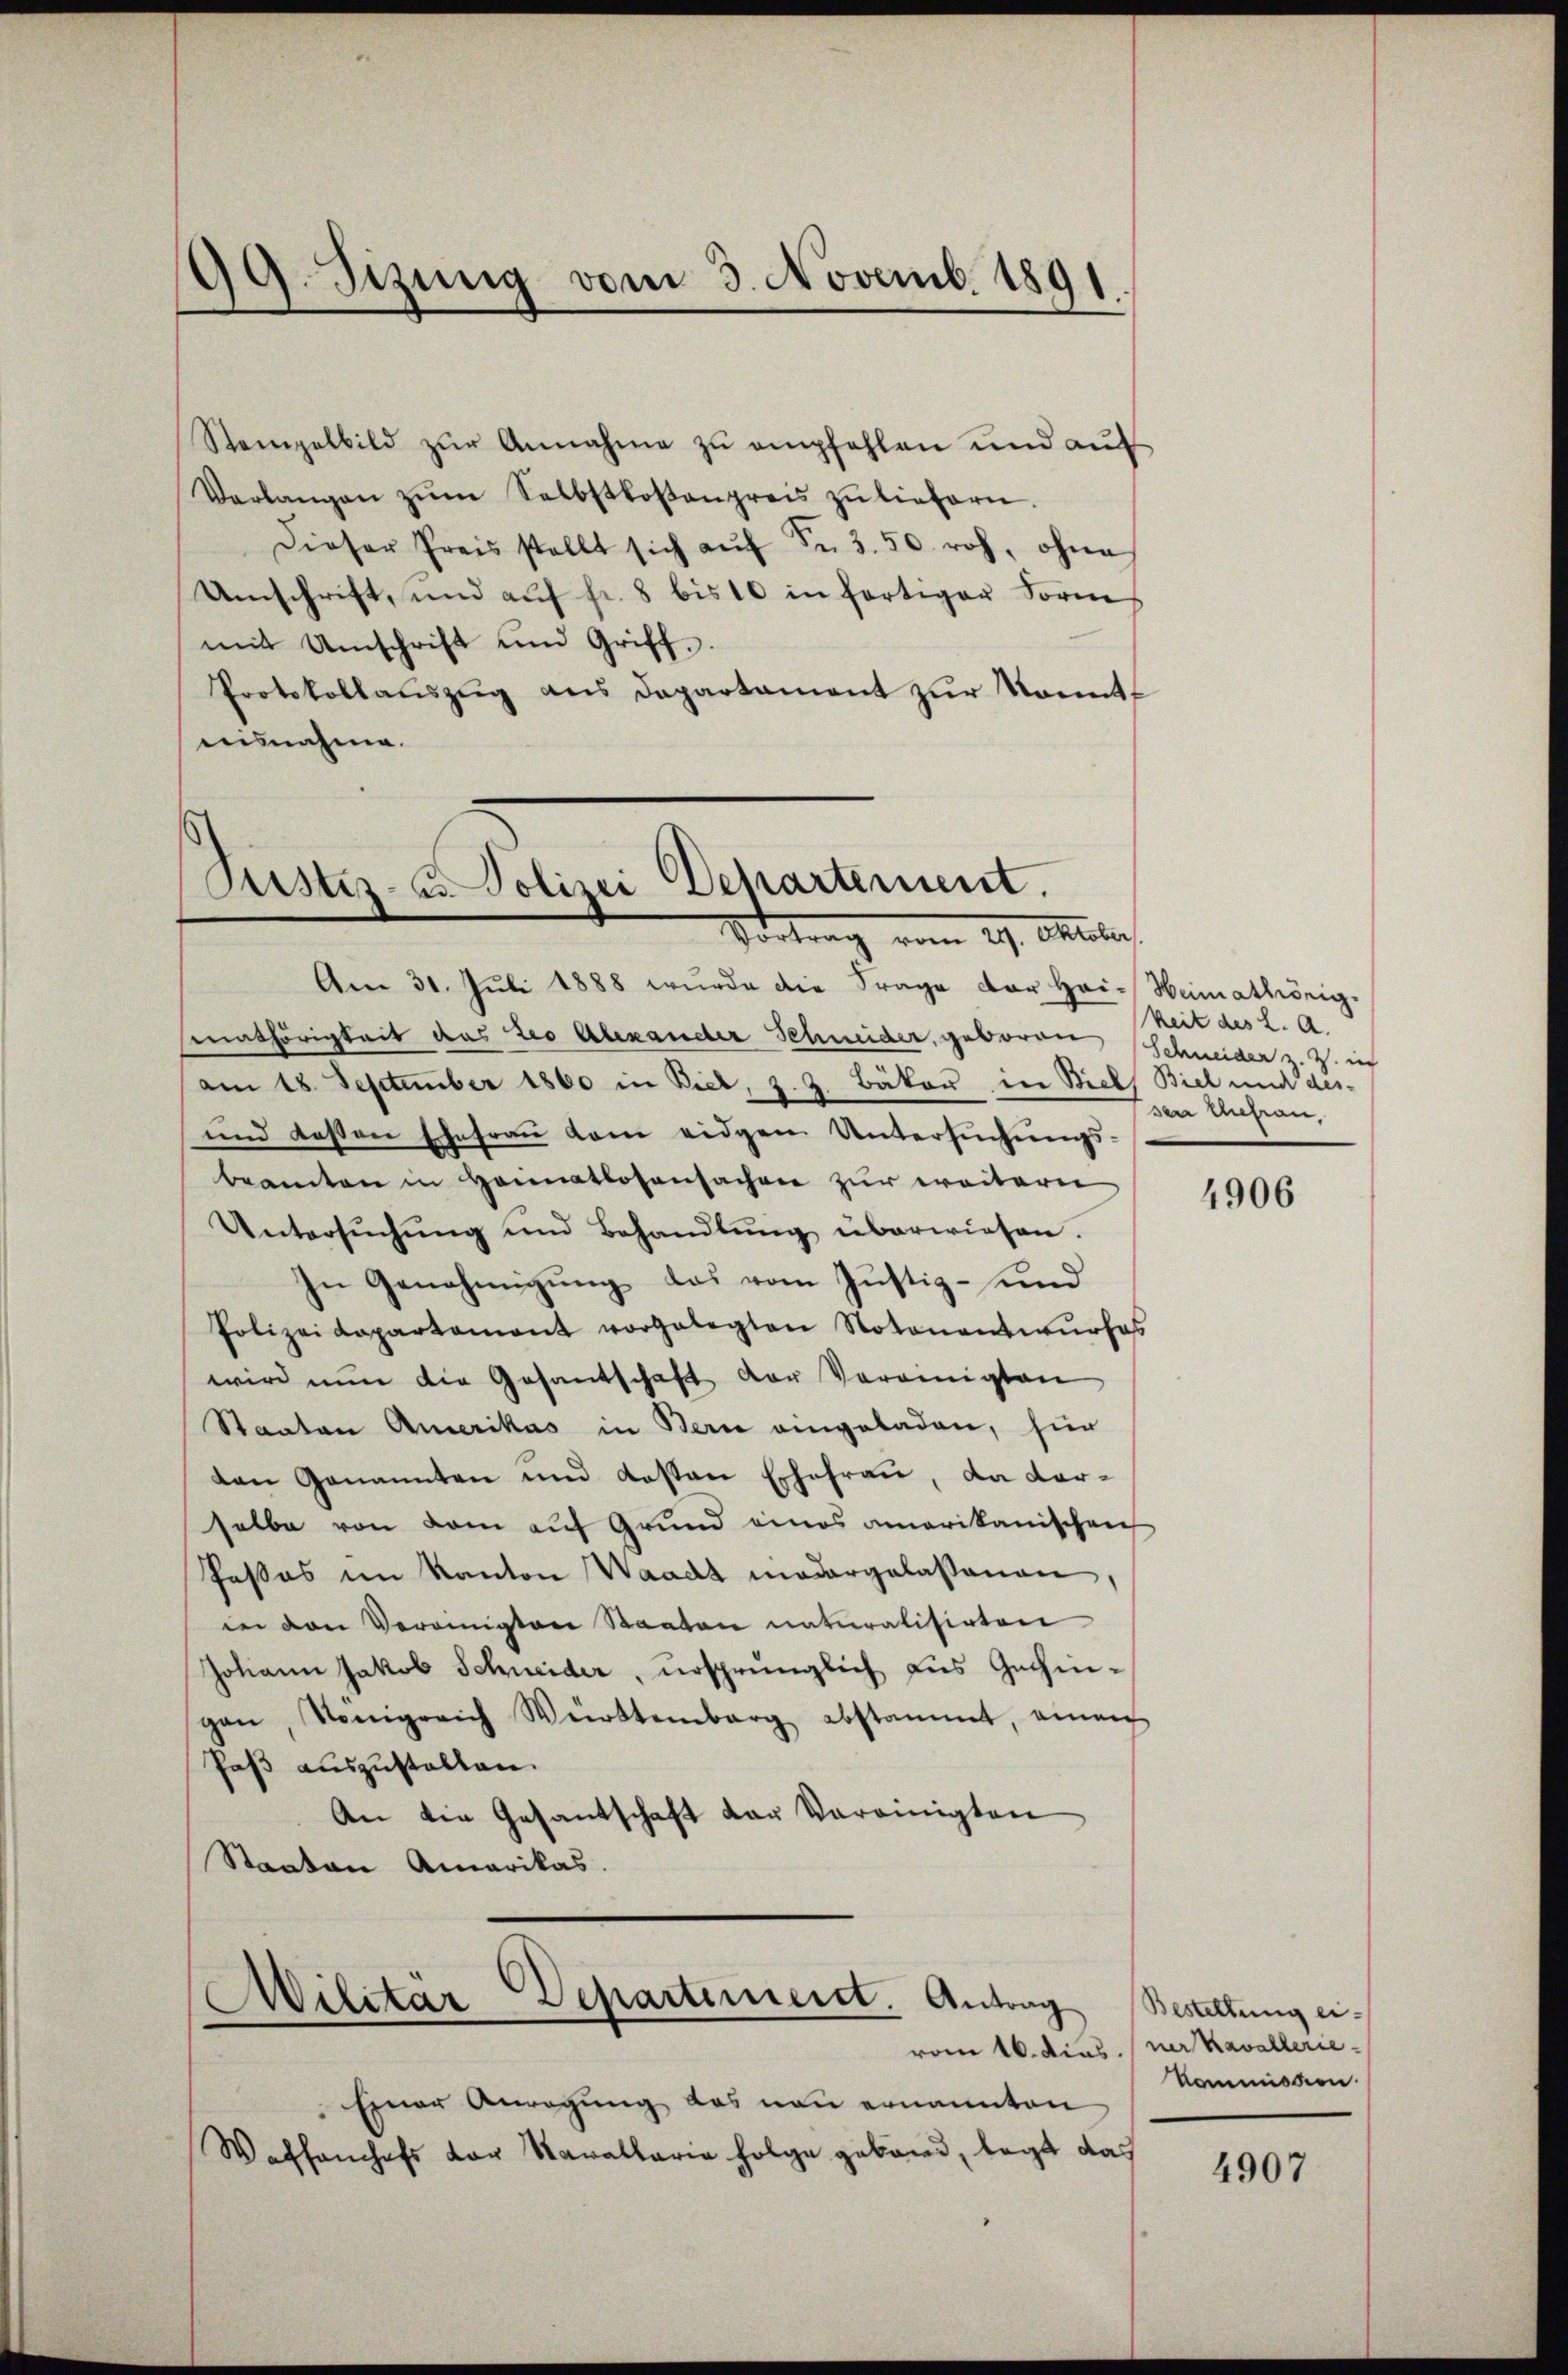
99. Sizung vom 3. Novemb. 1891

Stempelbild zŭr Annahme zŭ empfehlen und aŭf
Verlangen zŭm Selbstkostenpreis zŭ liefern.
Dieser Preisstellt sich aŭf Fr. 3. 50. roh, ohne
Umschrift, und aŭf fr. 8 bis 10 in fortiger Form
mit Umschrift und Griff.
Protokollauszug aus Departament zur Sonnt
aisnahme.

Justiz- u. Polizei Departement.
Vortrag vom 19. Oktalis

Am 31. Juli 1888 wurde die Frage der Hai-Heimathörig-
Einathörigkeit des Leo Alexander Schneider, geborene Schneider z. Z. ich
am 18. September 1860 in Biel, z. Z. Bäker in Biel Biel und des-
und dessen Ehefraŭ kam eidgen Untersŭchŭngs-
beamten in Heimatlosensachen zur weitern
Untersŭchŭng und Behandlŭng überwiesen.
In Genehmigung das vom Justiz- und
Polizeidepartament vorgelegten Notonentwŭrfes
wird nun die Gesantschaft der Vereinigten
Staaten Amerikas in Bern eingeladen, hier
den Genannten und Kosten Ehefrau, da darselbe von dem auf Grund eines amerikanischen
Passas im Kanton Waadt madargelassenen
in den Veronisten Staaten naturalisirten
Johann Jakob Schneider, ursprünglich aus Gechingan, Sonigreich Württemberg abstammt, einan
Paß auszustellen.
An die Gesantschaft der Vereinigten
Staaten Amerikas.

Einer Anregung des neu ernannten
Waffenhefs der Kavallaria folge geband, legt das

Militär Departemeist. Antrag Bestattung ei¬

keit des L. A.
den Anstan

4906

vom 16. dies. (ner Kavallerie
Kommission.

4907